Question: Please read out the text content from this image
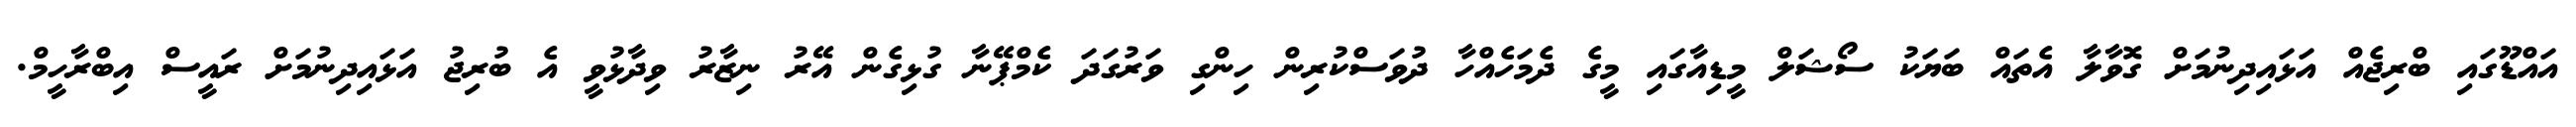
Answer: އައްޑޫގައި ބްރިޖެއް އަޅައިދިނުމަށް ގޮވާލާ އެތައް ބަޔަކު ސޯޝަލް މީޑިއާގައި މީގެ ދެމަހެއްހާ ދުވަސްކުރިން ހިންގި ވަރުގަދަ ކެމްޕޭނާ ގުޅިގެން އޭރު ނިޒާރު ވިދާޅުވީ އެ ބުރިޖު އަޅައިދިނުމަށް ރައީސް އިބްރާހީމް.